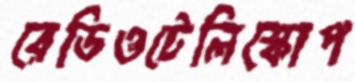
রেডিওটেলিস্কোপ